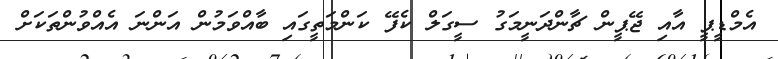
އެމްޑީޕީ އާއި ޖޭޕީން ޗާންދަނީމަގު ސީގަލް ކެފޭ ކަންމަތީގައި ބާއްވަމުން އަންނަ އެއްވުންތަކަށް